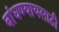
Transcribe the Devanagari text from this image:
बांधण्यायसाठी